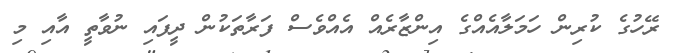
ރޭހުގެ ކުރިން ހަމަލާއެއްގެ އިންޒާރެއް އެއްވެސް ފަރާތަކުން ދީފައި ނުވާތީ އާއި މި